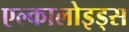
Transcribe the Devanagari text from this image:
एल्कालोइड्स